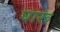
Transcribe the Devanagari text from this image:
घारू